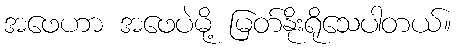
အဖေဟာ အဖေပဲမို့ မြတ်နိုးရိုသေပါတယ်။